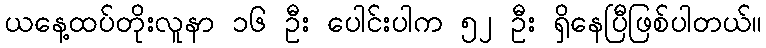
ယနေ့ထပ်တိုးလူနာ ၁၆ ဦး ပေါင်းပါက ၅၂ ဦး ရှိနေပြီဖြစ်ပါတယ်။